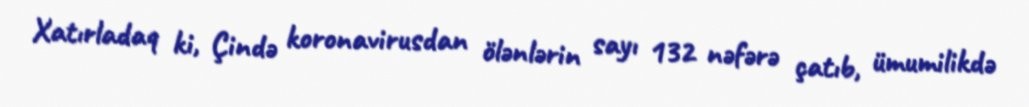
Xatırladaq ki, Çində koronavirusdan ölənlərin sayı 132 nəfərə çatıb, ümumilikdə